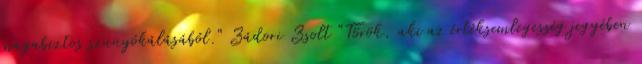
magabiztos szunyókálásából." Zádori Zsolt "Török, aki az értéksemlegesség jegyében